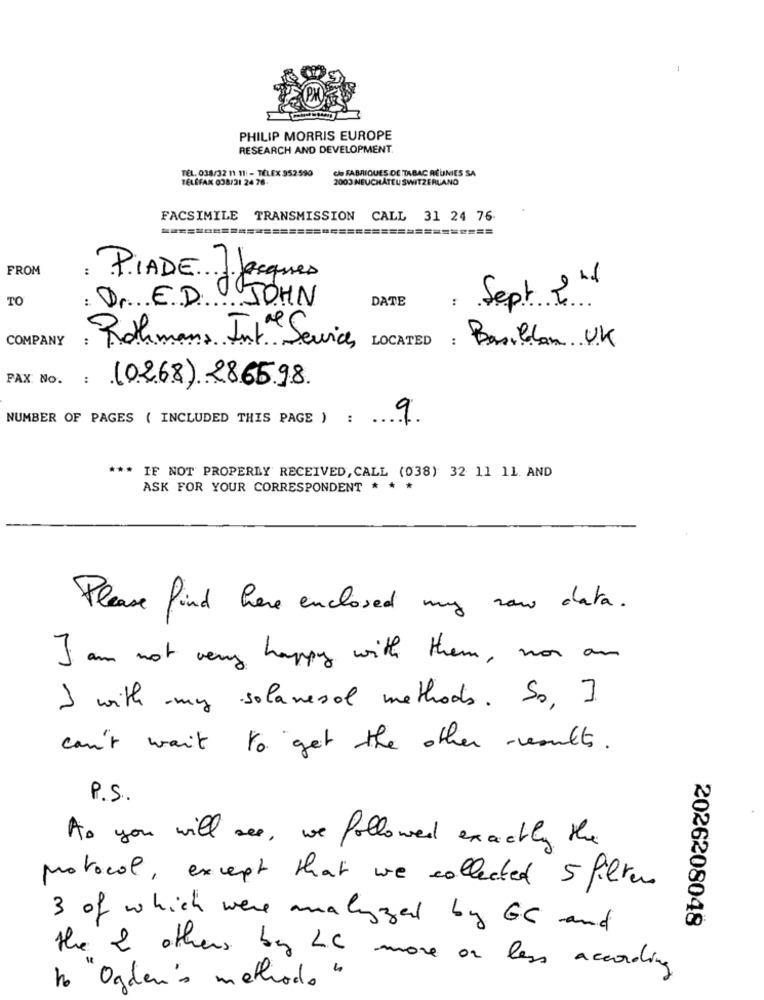
PHILIP MORRIS EUROPE
RESEARCH AND DEVELOPMENT.
TEL. 038/32 11 11 :- TÉLEX 952590
cho FABRIQUES DE TABAC ACUINIES SA
TELEFAX 038/31 24 76-
2003 NEUCHATEL SWITZERLAND
FACSIMILE TRANSMISSION CALL 31 24 76
=======================================
FROM
: PIADE ] Jacques
TO
: D. E.D. JOHN
DATE
Sept 2td
COMPANY
: Rothmans Int Service, LOCATED : Basildon UK
PAX No.
: (0268) 286598
NUMBER OF PAGES ( INCLUDED THIS PAGE ) :
..
9
...
IF NOT PROPERLY RECEIVED, CALL (038) 32 11 11. AND
ASK FOR YOUR CORRESPONDENT * * *
Please find here enclosed my now data .
I am not very happy with them , non an
I with - my solanesal methods . So, I
can't wait to get the other -results .
P.S.
As you will see , we followed exactly the
protocol , except that we collected 5 filters
2026208048
3 of which were analyzed by GC and
the & others by L.C more or less according
no"Ogden's methodo "